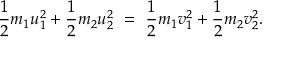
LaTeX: { \frac { 1 } { 2 } } m _ { 1 } u _ { 1 } ^ { 2 } + { \frac { 1 } { 2 } } m _ { 2 } u _ { 2 } ^ { 2 } \ = \ { \frac { 1 } { 2 } } m _ { 1 } v _ { 1 } ^ { 2 } + { \frac { 1 } { 2 } } m _ { 2 } v _ { 2 } ^ { 2 } .